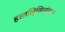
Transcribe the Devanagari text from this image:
हस्तलि्खितांवरून